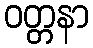
ဝတ္တနာ